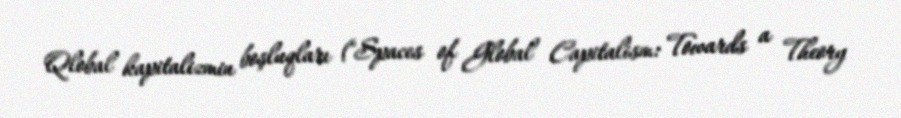
Qlobal kapitalizmin boşluqları ("Spaces of Global Capitalism: Towards a Theory